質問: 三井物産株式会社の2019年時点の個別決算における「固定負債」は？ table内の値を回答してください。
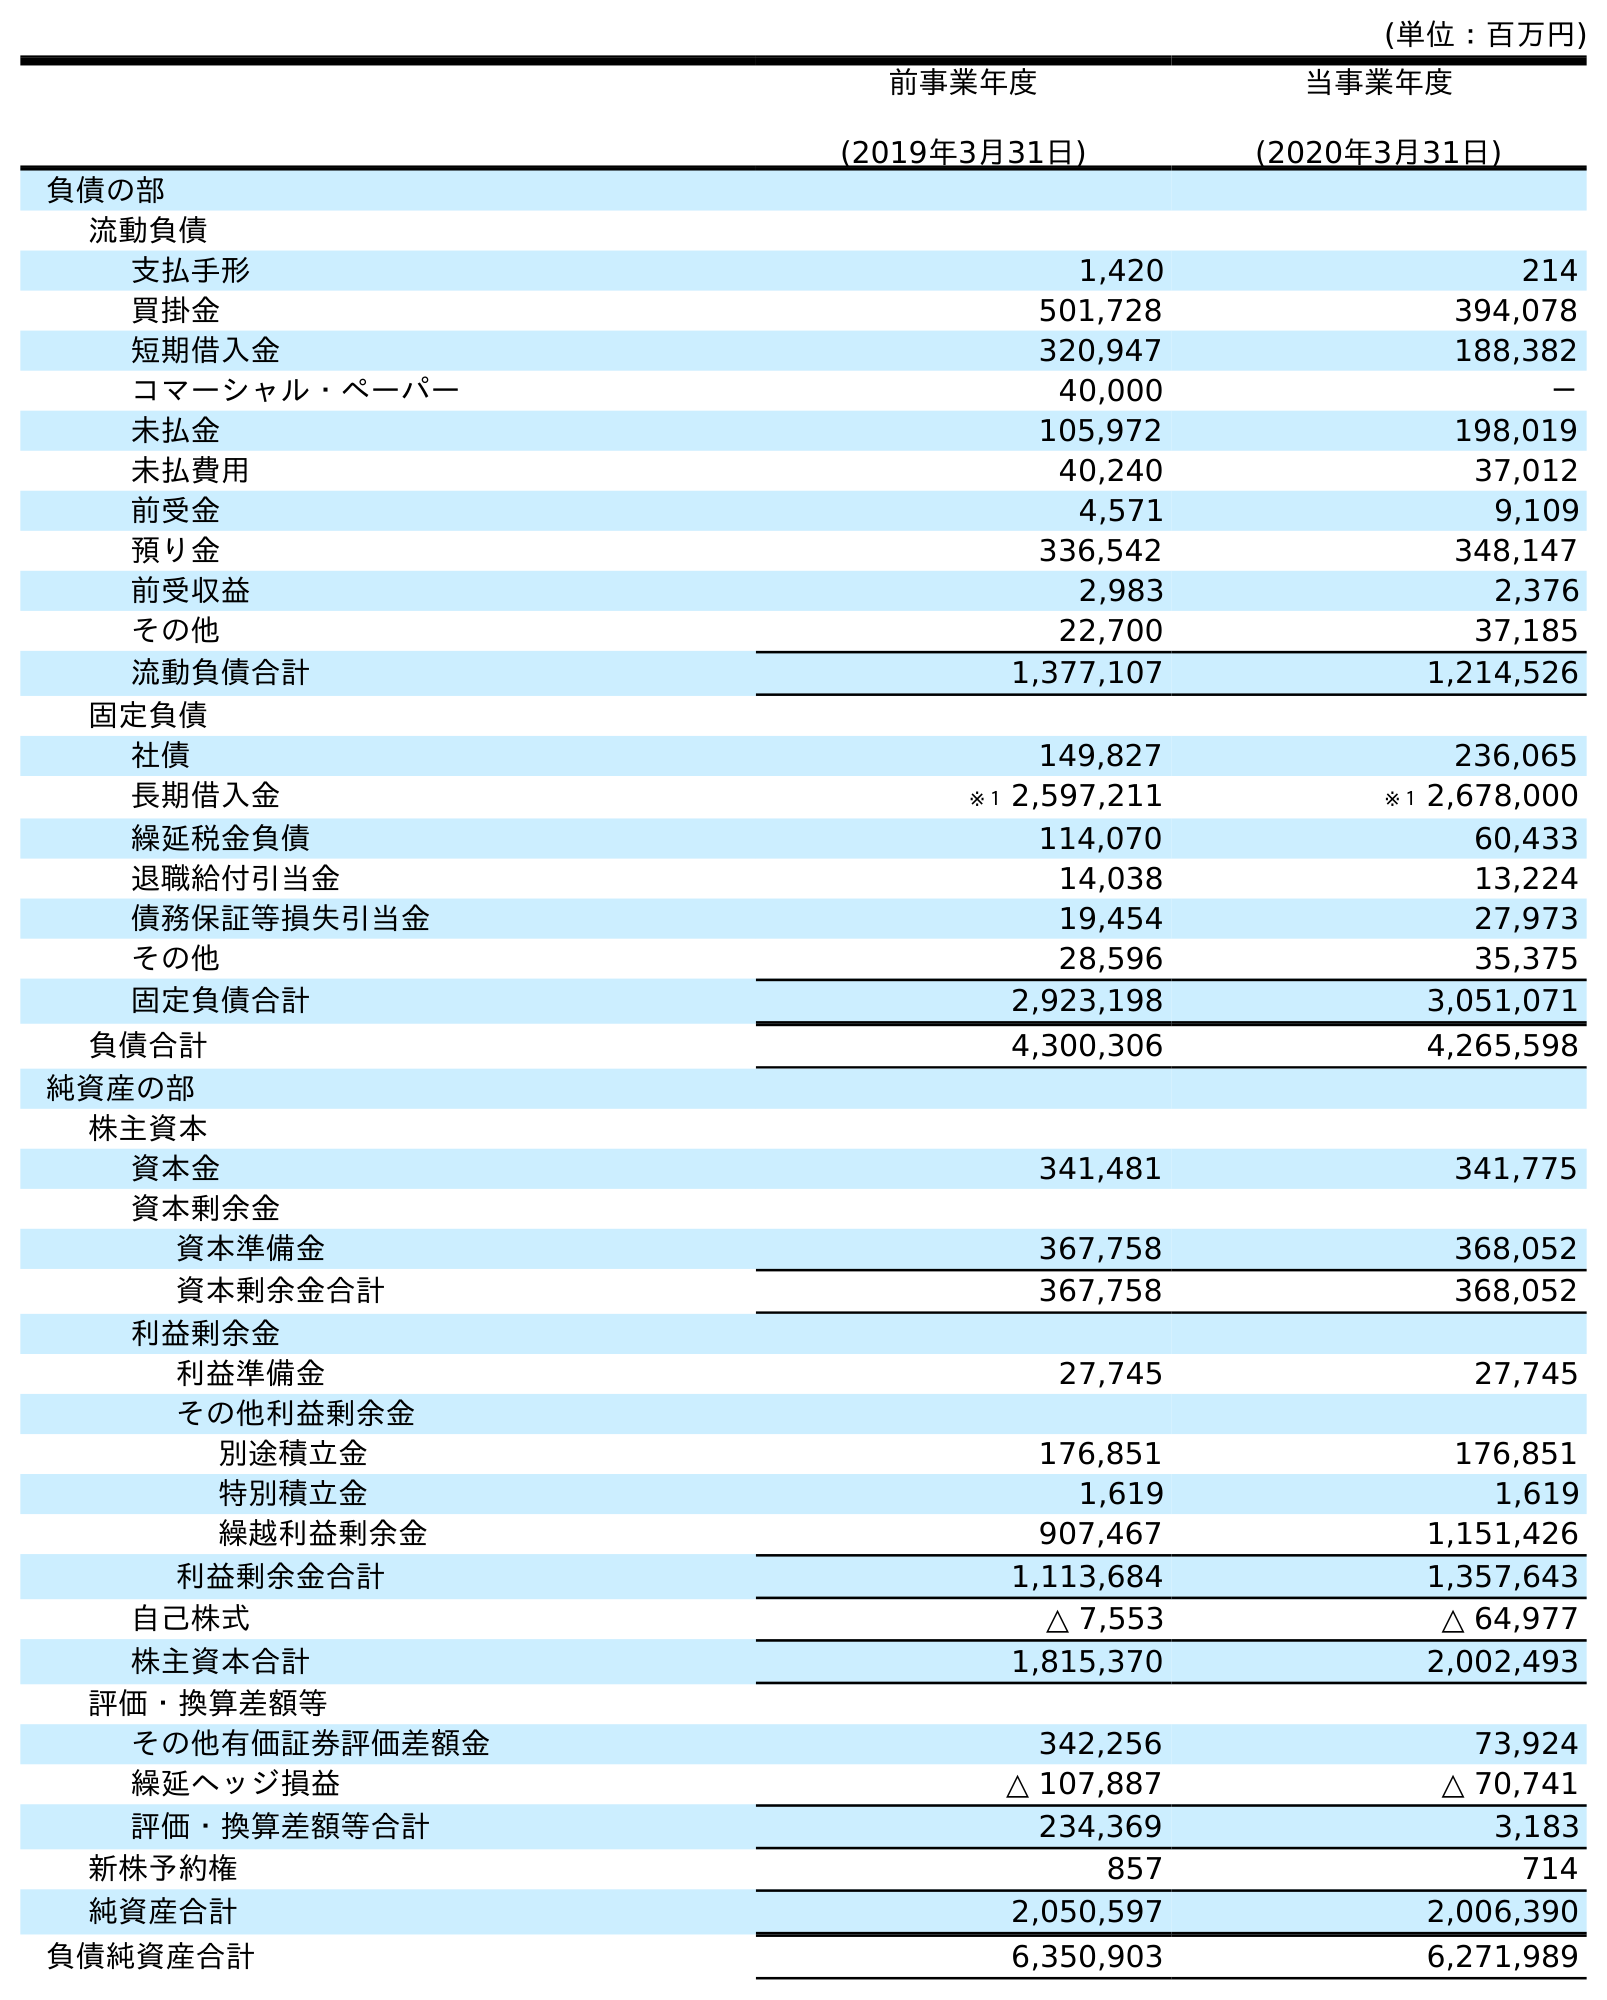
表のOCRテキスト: (単位：百万円) 前事業年度 (2019年3月31日) 当事業年度 (2020年3月31日) 負債の部 流動負債 支払手形 1,420 214 買掛金 501,728 394,078 短期借入金 320,947 188,382 コマーシャル・ペーパー 40,000 － 未払金 105,972 198,019 未払費用 40,240 37,012 前受金 4,571 9,109 預り金 336,542 348,147 前受収益 2,983 2,376 その他 22,700 37,185 流動負債合計 1,377,107 1,214,526 固定負債 社債 149,827 236,065 長期借入金 ※１ 2,597,211 ※１ 2,678,000 繰延税金負債 114,070 60,433 退職給付引当金 14,038 13,224 債務保証等損失引当金 19,454 27,973 その他 28,596 35,375 固定負債合計 2,923,198 3,051,071 負債合計 4,300,306 4,265,598 純資産の部 株主資本 資本金 341,481 341,775 資本剰余金 資本準備金 367,758 368,052 資本剰余金合計 367,758 368,052 利益剰余金 利益準備金 27,745 27,745 その他利益剰余金 別途積立金 176,851 176,851 特別積立金 1,619 1,619 繰越利益剰余金 907,467 1,151,426 利益剰余金合計 1,113,684 1,357,643 自己株式 △ 7,553 △ 64,977 株主資本合計 1,815,370 2,002,493 評価・換算差額等 その他有価証券評価差額金 342,256 73,924 繰延ヘッジ損益 △ 107,887 △ 70,741 評価・換算差額等合計 234,369 3,183 新株予約権 857 714 純資産合計 2,050,597 2,006,390 負債純資産合計 6,350,903 6,271,989
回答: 2,923,198